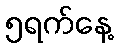
၅ရက်နေ့